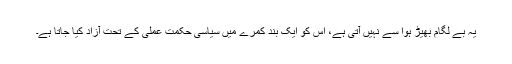
یہ بے لگام بھیڑ ہوا سے نہیں آتی ہے، اس کو ایک بند کمرے میں سیاسی حکمت عملی کے تحت آزاد کیا جاتا ہے۔